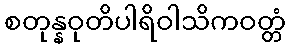
စတုန္နဝုတိပါရိဝါသိကဝတ္တံ